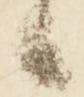
候